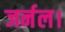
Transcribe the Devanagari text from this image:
जर्नल।